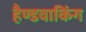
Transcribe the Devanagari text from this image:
हैण्डवाकिंग